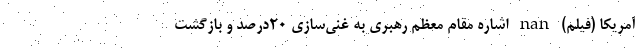
آمریکا (فیلم) nan اشاره مقام معظم رهبری به غنی‌سازی ۲۰درصد و بازگشت